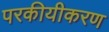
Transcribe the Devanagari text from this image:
परकीयीकरण